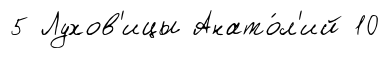
5 Лухов'ицы Анато́л'ий 10